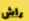
راش